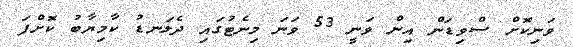
ވަނިކޮށް ސްވިޑަން އިން ވަނީ 53 ވަނަ މިނެޓުގައި ދެލަނޑު ކާމިޔާބު ކޮށްފަ